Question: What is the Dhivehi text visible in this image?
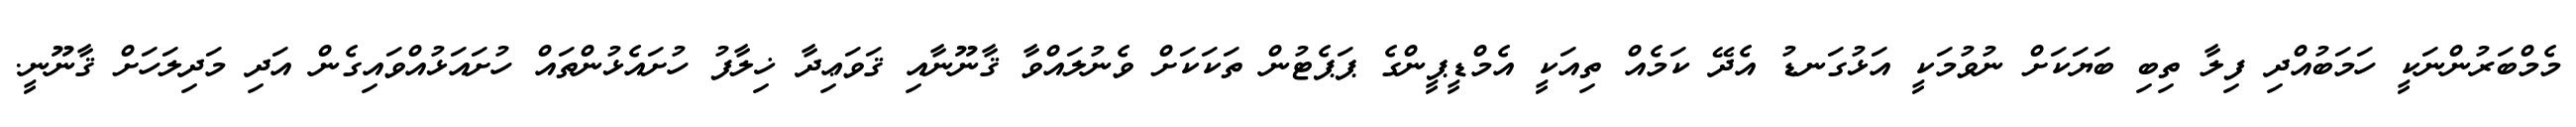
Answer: މެމްބަރުންނަކީ ހަމަބުއްދި ފިލާ ތިބި ބަޔަކަށް ނުވުމަކީ އަޅުގަނޑު އެދޭ ކަމެއް ތިއަކީ އެމްޑީޕީންގެ ޕަޕެޓުން ތަކަކަށް ވެނުލައްވާ ޤާނޫނާއި ޤަވަޢިދާ ޚިލާފު ހުށައެޅުންތައް ހުށައަޅުއްވައިގެން އަދި މަދިލަހަށް ޤާނޫނީ.